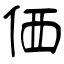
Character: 価